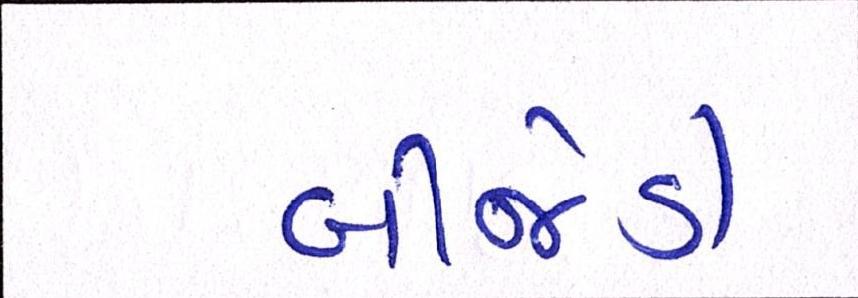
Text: બીજેડી